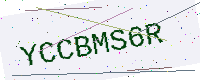
Text: YCCBMS6R